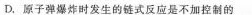
D.原子弹爆炸时发生的链式反应是不加控制的